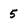
Character: 5